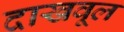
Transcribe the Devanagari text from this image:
दाखवूल